Civil Veterinary Dept. Assam report 1927-50 - 1927-1950
Year: 1927
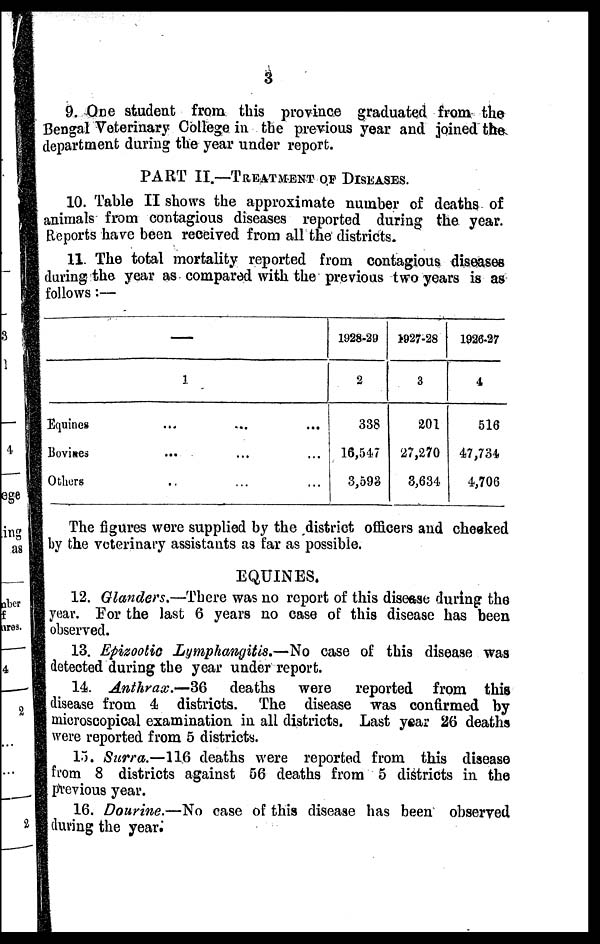
3
9. One student from this province graduated from the
Bengal Veterinary College in the previous year and joined the
department during the year under report.
PART II.—TREATMENT OF DISEASES.
10. Table II shows the approximate number of deaths of
animals from contagious diseases reported during the year.
Reports have been received from all the districts.
11. The total mortality reported from contagious diseases
during the year as compared with the previous two years is as
follows :—
—
1.
Equines ... ... ...
Bovines ... ... ...
Others .. ...
1928-29
2
338
16,547
3,593
1927-28
3
201
27,270
3,634
1926-27
4
516
47,734
4,706
The figures were supplied by the district officers and cheeked
by the veterinary assistants as far as possible.
EQUINES.
12. Glanders.—There was no report of this disease during the
year. For the last 6 years no case of this disease has been
observed.
13. Epizootic Lymphangitis.—No case of this disease was
detected during the year under report.
14. Anthrax.—36
deaths
were
reported from this
disease from 4 districts. The disease was confirmed by
microscopical examination in all districts. Last year 26 deaths
were reported from 5 districts.
15. Surra.—116 deaths were reported from this disease
from 8 districts against 56 deaths from 5 districts in the
previous year.
16. Dourine.—No case of this disease has been observed
during the year.